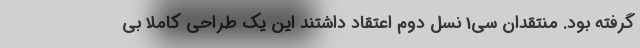
گرفته بود. منتقدان سی1 نسل دوم اعتقاد داشتند این یک طراحی کاملا بی